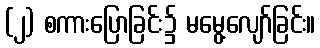
(၂) စကားပြောခြင်း၌ မမွေ့လျော်ခြင်း။